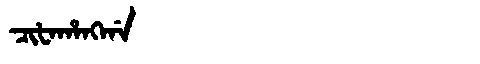
Manchu: ᠴᡳᡶᠠᡥᠠᠩᡤᠠ
Romanization: CIFAHANGGA